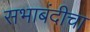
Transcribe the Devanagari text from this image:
सभाबंदीचा